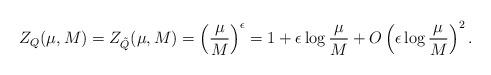
LaTeX: \begin{align*}Z_{Q} (\mu, M) = Z_{\tilde{Q}}(\mu, M) = \left( \frac{\mu}{M} \right)^{\epsilon} = 1 + \epsilon \log \frac{\mu}{M} + O\left(\epsilon\log \frac{\mu}{M}\right)^{2}.\end{align*}